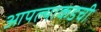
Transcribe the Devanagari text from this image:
आपल्याकडची